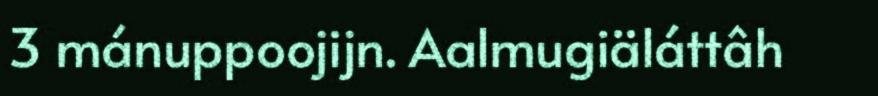
3 mánuppoojijn. Aalmugiäláttâh